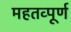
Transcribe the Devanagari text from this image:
महतव्पूर्ण